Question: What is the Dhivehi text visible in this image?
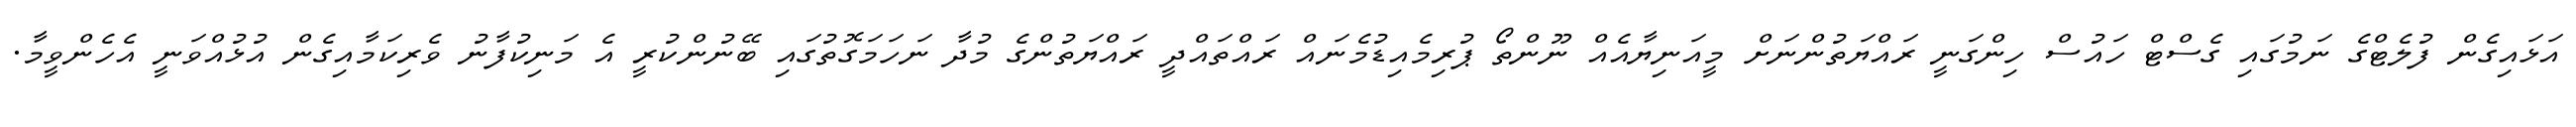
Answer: އަޅައިގެން ފުލެޓްގެ ނަމުގައި ގެސްޓް ހައުސް ހިންގަނީ ރައްޔަތުންނަށް މީއަނިޔާއެއް ނޫންތޯ ޕުރިމެއިޑުމެނައް ރައްތައްދީ ރައްޔަތުންގެ މުދާ ނަހަމަގޮތުގައި ބޭނުންކުރީ އެ މަނިކުފާނު ވެރިކަމާއިގެން އުޅުއްވަނީ އެހެންވީމާ.